Vaccination in the Punjab 1897-1904 - 1897-1904
Year: 1897
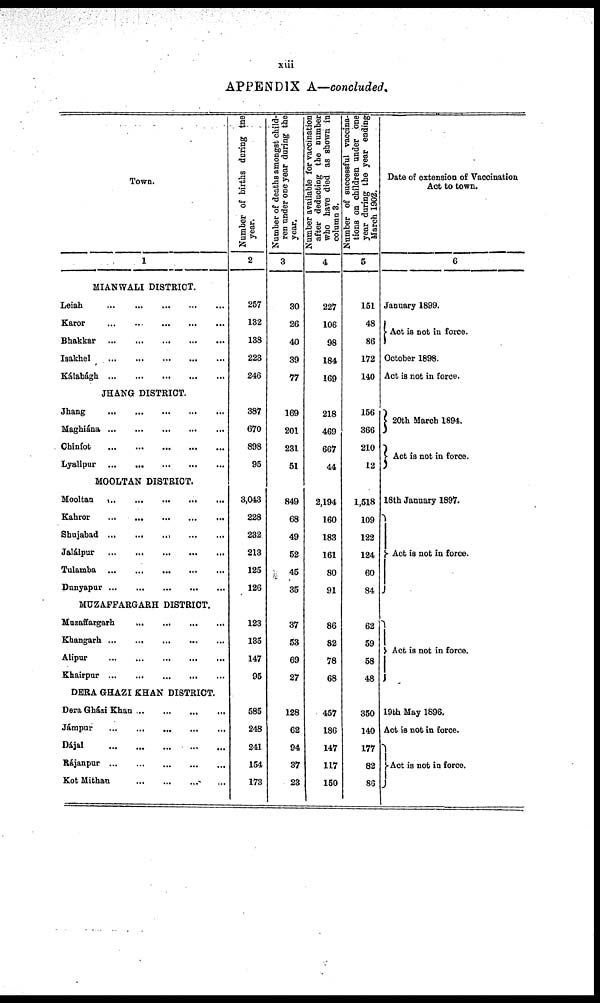
xiii
APPENDIX A—concluded.
Town.
1
MIANWALI DISTRICT.
Leiah
...
...
...
...
...
Karor
...
...
...
...
...
Bhakkar
...
...
...
...
...
Isakhel
...
...
...
...
...
Kálabágh
...
...
...
...
...
JHANG DISTRICT.
Jhang
...
...
...
...
...
Maghiána
...
...
...
...
...
Chiníot
...
...
...
...
...
Lyallpur
...
...
...
...
...
MOOLTAN DISTRICT.
Mooltan
...
...
...
...
...
Kahror
...
...
...
...
...
Shujabad
...
...
...
...
...
Jalálpur
...
...
...
...
...
Tulamba
...
...
...
...
...
Dunyapur
...
...
...
...
...
MUZAFFARGARH DISTRICT.
Mazaffargarh ... ... ... ... ...
Khangarh
...
...
...
...
...
Alipur
...
...
...
...
...
Khairpur
...
...
...
...
...
DERA GHAZI KHAN DISTRICT.
Dera Gházi Khan ... ... ... ... ...
Jámpur
...
...
...
...
...
Dájal
...
...
...
...
...
Rájanpur
...
...
...
...
...
Kot Mithan
...
...
...
...
...
Number of births during the
year.
2
257
132
138
223
246
387
670
898
95
3,043
228
232
213
125
126
123
135
147
95
585
248
241
154
173
Number of deaths amongst child-
ren under one year during the
year.
3
30
26
40
39
77
169
201
231
51
849
68
49
52
45
35
37
53
69
27
128
62
94
37
23
Number available for vaccination
after deducting the number
who have died as shown in
column 3.
4
227
106
98
184
169
218
469
667
44
2,194
160
183
161
80
91
86
82
78
68
457
186
147
117
150
Number of successful vaccina-
tions on children under one
year during the year ending
March 1902.
5
151
48
86
172
140
156
366
210
12
1,518
109
122
124
60
84
62
59
58
48
350
140
177
82
86
Date of extension of Vaccination
Act to town.
6
January 1899.
Act is not in force.
October 1898.
Act is not in force.
20th March 1894.
Act is not in force.
18th January 1897.
Act is not in force.
Act is not in force.
19bh May 1896.
Act is not in force.
Act is not in force.